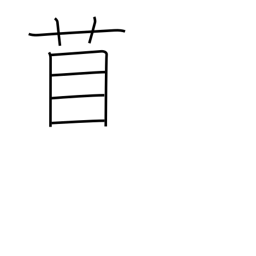
Meaning: medic